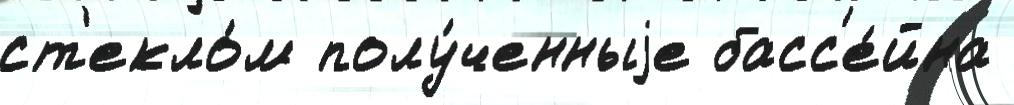
ст'екло́м полу́ченныjе басс'е́йна